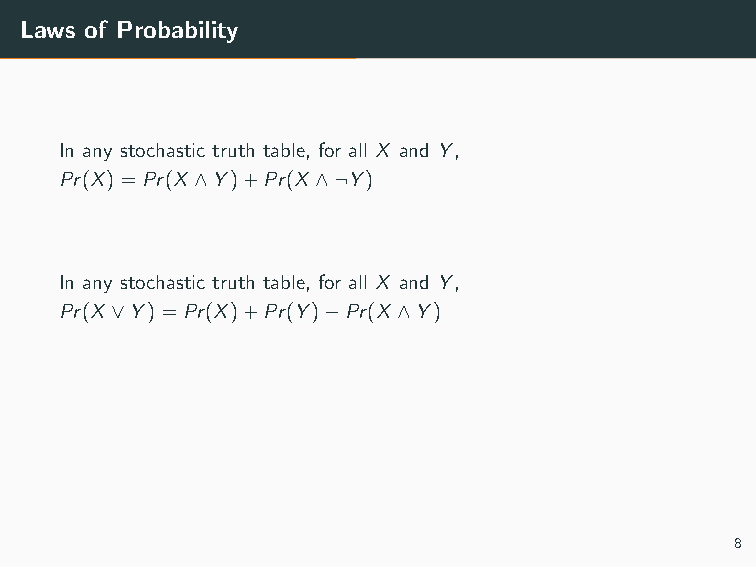
Laws of Probability
 In any stochastic truth table, for all X and Y,
 Pr(X)=Pr(X ∧Y)+Pr(X ∧¬Y)
 In any stochastic truth table, for all X and Y,
 Pr(X ∨Y)=Pr(X)+Pr(Y)−Pr(X ∧Y)
 8